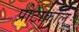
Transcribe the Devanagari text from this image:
प्रोटाकॉल